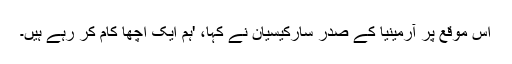
اس موقع پر آرمینیا کے صدر سارکیسیان نے کہا، 'ہم ایک اچھا کام کر رہے ہیں۔